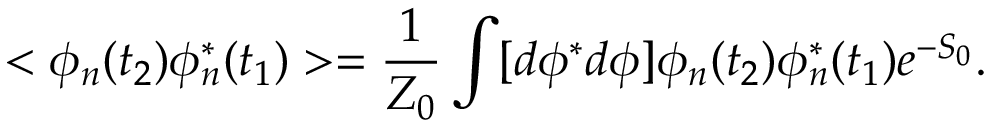
< \phi _ { n } ( t _ { 2 } ) \phi _ { n } ^ { * } ( t _ { 1 } ) > = \frac { 1 } { Z _ { 0 } } \int [ d \phi ^ { * } d \phi ] \phi _ { n } ( t _ { 2 } ) \phi _ { n } ^ { * } ( t _ { 1 } ) e ^ { - S _ { 0 } } .